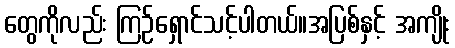
တွေကိုလည်း ကြဉ်ရှောင်သင့်ပါတယ်။အပြစ်နှင့် အကျိုး